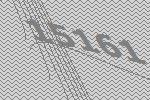
15161